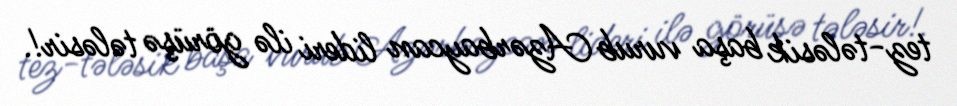
tez-tələsik başa vurub Azərbaycan lideri ilə görüşə tələsir!.